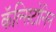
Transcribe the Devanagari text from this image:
कॅल्सिटोनिन